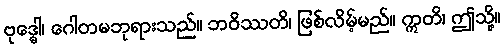
ဗုဒ္ဓေါ၊ ဂေါတမဘုရားသည်။ ဘဝိဿတိ၊ ဖြစ်လိမ့်မည်။ ဣတိ၊ ဤသို့။